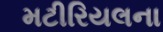
મટીરિયલના